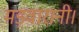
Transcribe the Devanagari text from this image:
मड़वारानी।